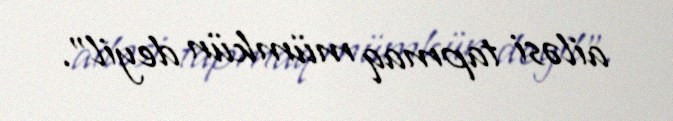
ailəsi tapmaq mümkün deyil”.